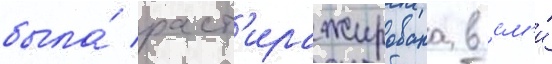
была́ раст'иражирована в см'и́